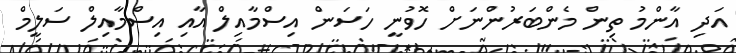
އަދި އާންމު ތިން މެންބަރުންނަށް ހޮވުނީ ހަސަން އިސްމާއިލް އާއި އިސްމާއިލް ސަލީމް